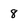
Character: 8